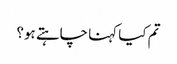
تم کیا کہنا چاہتے ہو؟